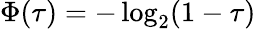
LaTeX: \Phi(\tau)=-\log_{2}(1-\tau)